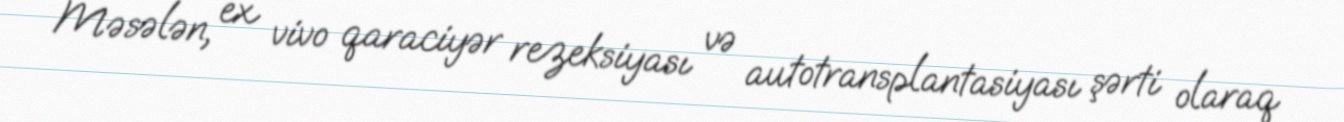
Məsələn, ex vivo qaraciyər rezeksiyası və autotransplantasiyası şərti olaraq